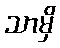
သာမှိ